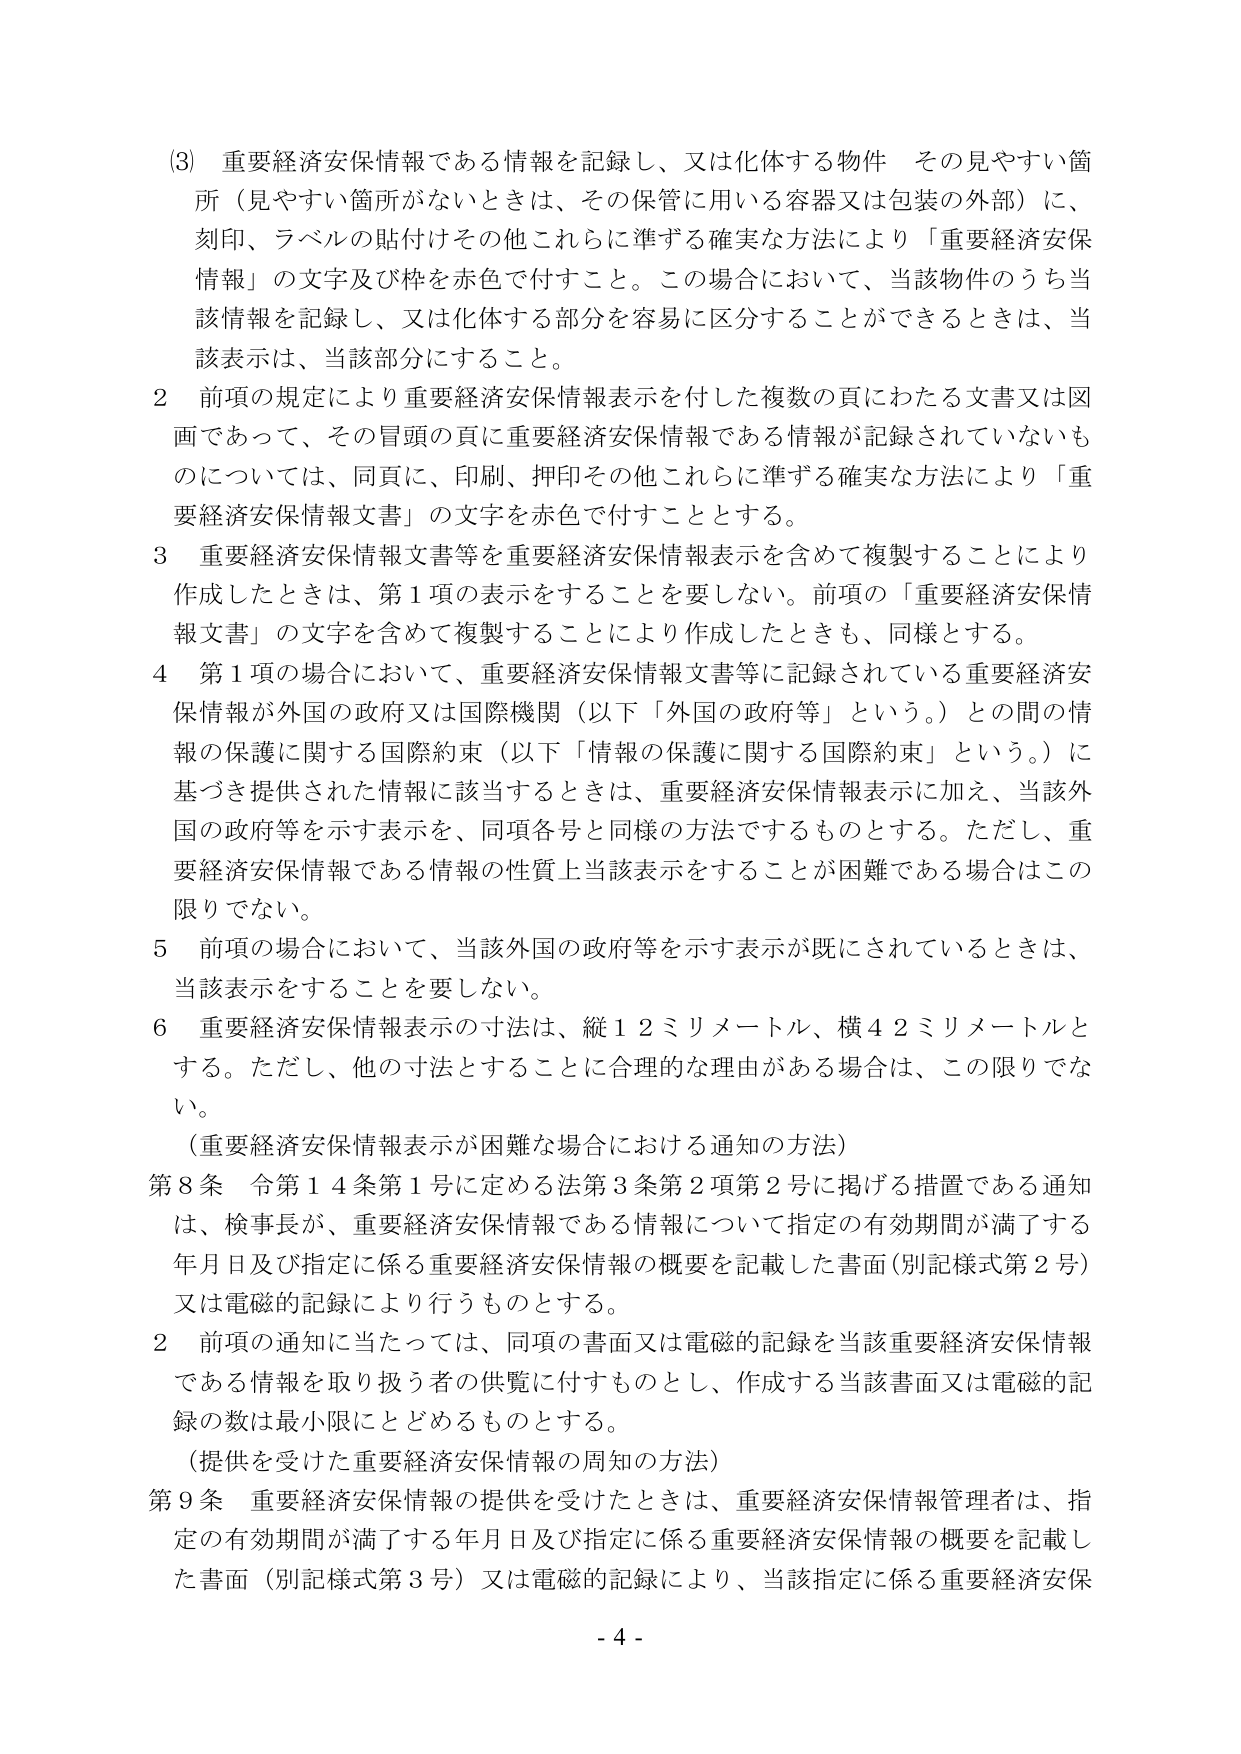
(3) 重要経済安保情報である情報を記録し、又は化体する物件 その見やすい箇所（見やすい箇所がないときは、その保管に用いる容器又は包装の外部）に、刻印、ラベルの貼付けその他これらに準ずる確実な方法により「重要経済安保情報」の文字及び枠を赤色で付すこと。この場合において、当該物件のうち当該情報を記録し、又は化体する部分を容易に区分することができるときは、当該表示は、当該部分にすること。

2 前項の規定により重要経済安保情報表示を付した複数の頁にわたる文書又は図画であって、その冒頭の頁に重要経済安保情報である情報が記録されていないものについては、同頁に、印刷、押印その他これらに準ずる確実な方法により「重要経済安保情報文書」の文字を赤色で付すこととする。

3 重要経済安保情報文書等を重要経済安保情報表示を含めて複製することにより作成したときは、第1項の表示をすることを要しない。前項の「重要経済安保情報文書」の文字を含めて複製することにより作成したときも、同様とする。

4 第1項の場合において、重要経済安保情報文書等に記録されている重要経済安保情報が外国の政府又は国際機関（以下「外国の政府等」という。）との間の情報の保護に関する国際約束（以下「情報の保護に関する国際約束」という。）に基づき提供された情報に該当するときは、重要経済安保情報表示に加え、当該外国の政府等を示す表示を、同項各号と同様の方法でするものとする。ただし、重要経済安保情報である情報の性質上当該表示をすることが困難である場合はこの限りでない。

5 前項の場合において、当該外国の政府等を示す表示が既にされているときは、当該表示をすることを要しない。

6 重要経済安保情報表示の寸法は、縦12ミリメートル、横42ミリメートルとする。ただし、他の寸法とすることに合理的な理由がある場合は、この限りでない。

（重要経済安保情報表示が困難な場合における通知の方法）

第8条 令第14条第1号に定める法第3条第2項第2号に掲げる措置である通知は、検事長が、重要経済安保情報である情報について指定の有効期間が満了する年月日及び指定に係る重要経済安保情報の概要を記載した書面（別記様式第2号）又は電磁的記録により行うものとする。

2 前項の通知に当たっては、同項の書面又は電磁的記録を当該重要経済安保情報である情報を取り扱う者の供覧に付すものとし、作成する当該書面又は電磁的記録の数は最小限にとどめるものとする。

（提供を受けた重要経済安保情報の周知の方法）

第9条 重要経済安保情報の提供を受けたときは、重要経済安保情報管理者は、指定の有効期間が満了する年月日及び指定に係る重要経済安保情報の概要を記載した書面（別記様式第3号）又は電磁的記録により、当該指定に係る重要経済安保

- 4 -